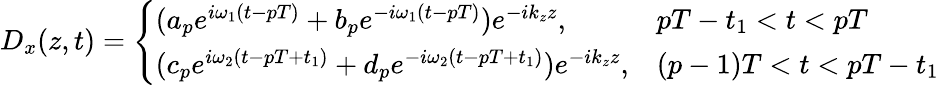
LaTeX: D_{x}(z,t)=\left\{ \begin{array}{ll}{(a_{p}e^{i\omega_{1}(t-pT)}+b_{p}e^{-i\omega_{1}(t-pT)})e^{-ik_{z}z},}&{pT-t_{1}<t<pT}\\ {(c_{p}e^{i\omega_{2}(t-pT+t_{1})}+d_{p}e^{-i\omega_{2}(t-pT+t_{1})})e^{-ik_{z}z},}&{(p-1)T<t<pT-t_{1}}\end{array}\right.